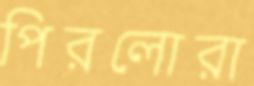
পিরলোরা